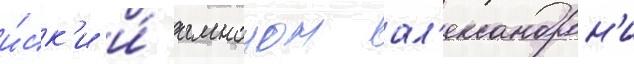
и́ск'и и́ амноном ал'ександрон'и